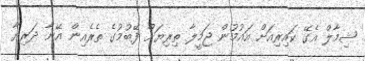
ޝިމާލް އެގޭ ކައިރިއަށް އައުމުން ޖަމީލާ ތިރިޔަށް ފޭބުމުގެ ތެރެއިން އޭނާ ދަރިޔާ